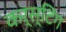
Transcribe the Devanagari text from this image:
कर्स्टिंग